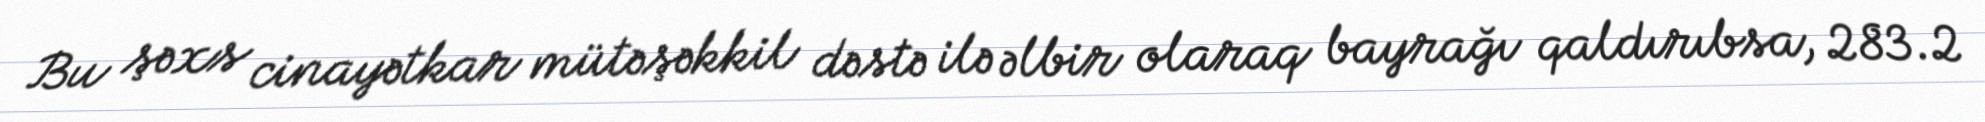
Bu şəxs cinayətkar mütəşəkkil dəstə ilə əlbir olaraq bayrağı qaldırıbsa, 283.2